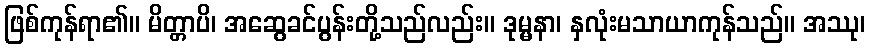
ဖြစ်ကုန်ရာ၏။ မိတ္တာပိ၊ အဆွေခင်ပွန်းတို့သည်လည်း။ ဒုမ္မနာ၊ နှလုံးမသာယာကုန်သည်။ အဿု၊